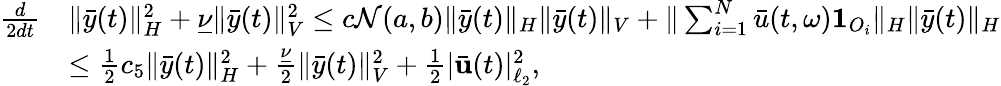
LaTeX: \begin{array}{rl}{\frac{d}{2dt}}&{\| \bar{y}(t)\| _{H}^{2}+\underline{{\nu}}\| \bar{y}(t)\| _{V}^{2}\leq c\mathcal{N}(a,b)\| \bar{y}(t)\| _{H}\| \bar{y}(t)\| _{V}+\| \sum_{i=1}^{N}\bar{u}(t,\omega)\mathbf{1}_{O_{i}}\| _{H}\| \bar{y}(t)\| _{H}}\\ &{\leq\frac{1}{2}c_{5}\| \bar{y}(t)\| _{H}^{2}+\frac{\underline{{\nu}}}{2}\| \bar{y}(t)\| _{V}^{2}+\frac{1}{2}|\bar{\mathbf{u}}(t)|_{\ell_{2}}^{2},}\end{array}